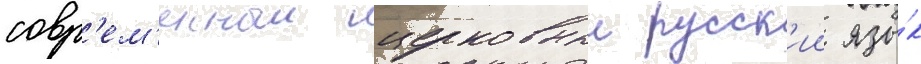
совр'ем'енныи церковныи русск'ии язы́к